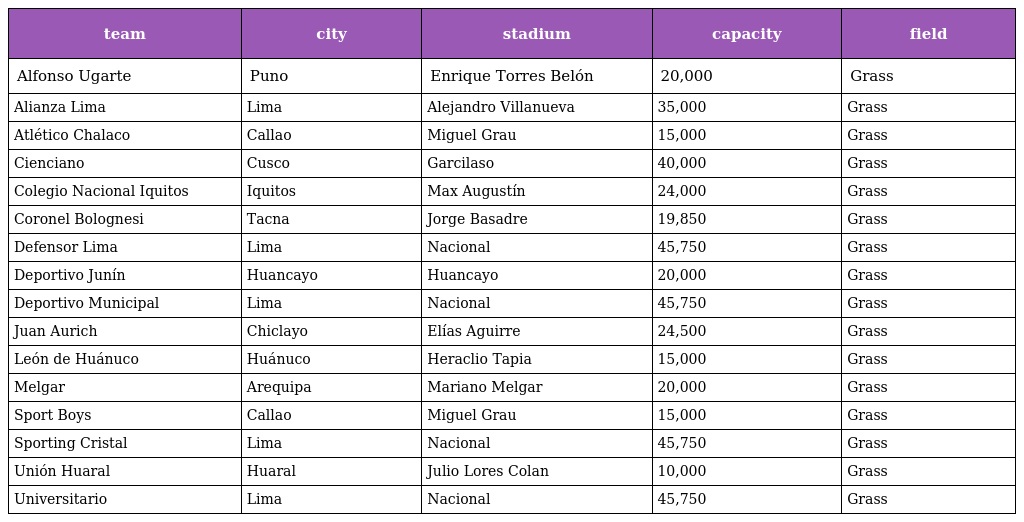
| team | city | stadium | capacity | field |
 | --- | --- | --- | --- | --- |
 | Alfonso Ugarte | Puno | Enrique Torres Belón | 20,000 | Grass |
 | Alianza Lima | Lima | Alejandro Villanueva | 35,000 | Grass |
 | Atlético Chalaco | Callao | Miguel Grau | 15,000 | Grass |
 | Cienciano | Cusco | Garcilaso | 40,000 | Grass |
 | Colegio Nacional Iquitos | Iquitos | Max Augustín | 24,000 | Grass |
 | Coronel Bolognesi | Tacna | Jorge Basadre | 19,850 | Grass |
 | Defensor Lima | Lima | Nacional | 45,750 | Grass |
 | Deportivo Junín | Huancayo | Huancayo | 20,000 | Grass |
 | Deportivo Municipal | Lima | Nacional | 45,750 | Grass |
 | Juan Aurich | Chiclayo | Elías Aguirre | 24,500 | Grass |
 | León de Huánuco | Huánuco | Heraclio Tapia | 15,000 | Grass |
 | Melgar | Arequipa | Mariano Melgar | 20,000 | Grass |
 | Sport Boys | Callao | Miguel Grau | 15,000 | Grass |
 | Sporting Cristal | Lima | Nacional | 45,750 | Grass |
 | Unión Huaral | Huaral | Julio Lores Colan | 10,000 | Grass |
 | Universitario | Lima | Nacional | 45,750 | Grass |